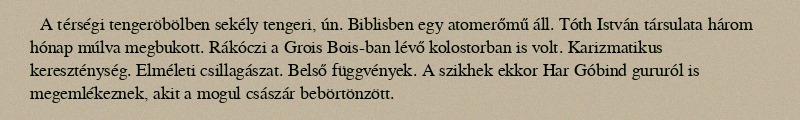
A térségi tengeröbölben sekély tengeri, ún. Biblisben egy atomerőmű áll. Tóth István társulata három hónap múlva megbukott. Rákóczi a Grois Bois-ban lévő kolostorban is volt. Karizmatikus kereszténység. Elméleti csillagászat. Belső függvények. A szikhek ekkor Har Góbind gururól is megemlékeznek, akit a mogul császár bebörtönzött.